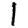
Digit: 1